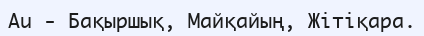
Аu - Бақыршық, Майқайың, Жітіқара.